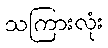
သကြားလုံး